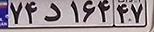
۷۴د۱۶۴۴۷